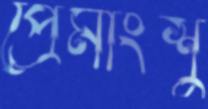
প্রেমাংশু